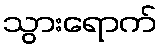
သွားရောက်